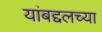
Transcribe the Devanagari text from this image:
यांबद्दलच्या